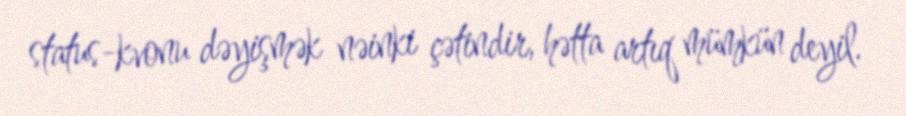
status-kvonu dəyişmək nəinki çətindir, hətta artıq mümkün deyil.